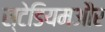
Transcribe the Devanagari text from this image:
स्टेडियमऔर